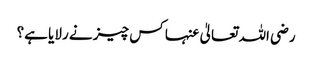
رضی اللہ تعالیٰ عنہا کس چیز نے رلایا ہے؟